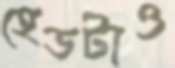
হেডটাও